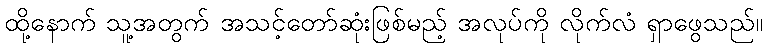
ထို့နောက် သူ့အတွက် အသင့်တော်ဆုံးဖြစ်မည့် အလုပ်ကို လိုက်လံ ရှာဖွေသည်။